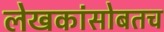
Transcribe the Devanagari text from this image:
लेखकांसोबतच